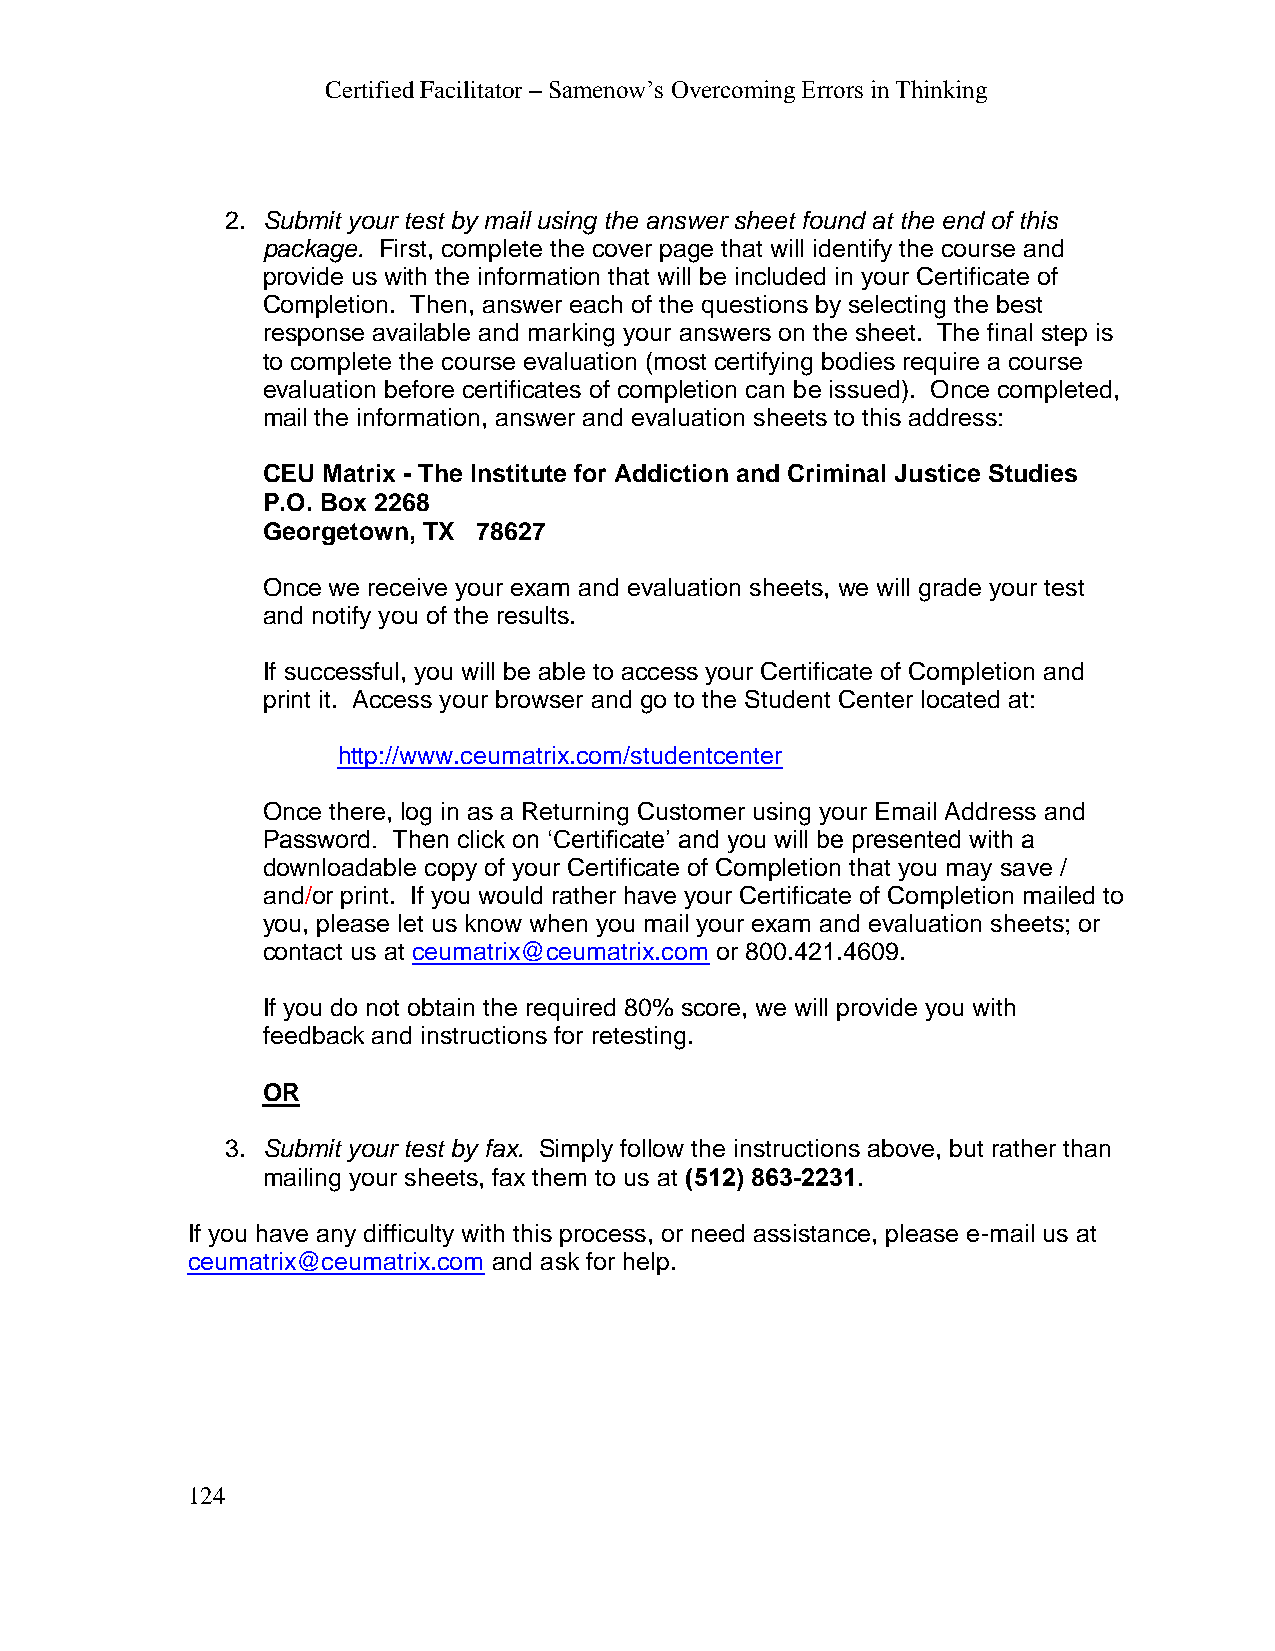
Certified Facilitator – Samenow’s Overcoming Errors in Thinking
 2. Submit your test by mail using the answer sheet found at the end of this
 package. First, complete the cover page that will identify the course and
 provide us with the information that will be included in your Certificate of
 Completion. Then, answer each of the questions by selecting the best
 response available and marking your answers on the sheet. The final step is
 to complete the course evaluation (most certifying bodies require a course
 evaluation before certificates of completion can be issued). Once completed,
 mail the information, answer and evaluation sheets to this address:
 CEU Matrix - The Institute for Addiction and Criminal Justice Studies
 P.O. Box 2268
 Georgetown, TX 78627
 Once we receive your exam and evaluation sheets, we will grade your test
 and notify you of the results.
 If successful, you will be able to access your Certificate of Completion and
 print it. Access your browser and go to the Student Center located at:
 http://www.ceumatrix.com/studentcenter
 Once there, log in as a Returning Customer using your Email Address and
 Password. Then click on ‘Certificate’ and you will be presented with a
 downloadable copy of your Certificate of Completion that you may save /
 and/or print. If you would rather have your Certificate of Completion mailed to
 you, please let us know when you mail your exam and evaluation sheets; or
 contact us at ceumatrix@ceumatrix.com or 800.421.4609.
 If you do not obtain the required 80% score, we will provide you with
 feedback and instructions for retesting.
 OR
 3. Submit your test by fax. Simply follow the instructions above, but rather than
 mailing your sheets, fax them to us at (512) 863-2231.
 If you have any difficulty with this process, or need assistance, please e-mail us at
 ceumatrix@ceumatrix.com and ask for help.
 124